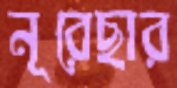
নূরেছার